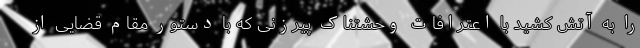
را به آتش کشید با اعترافات وحشتناک پیرزنی که با دستور مقام قضایی از